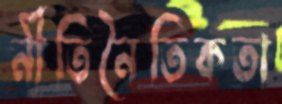
নীতিনৈতিকতা